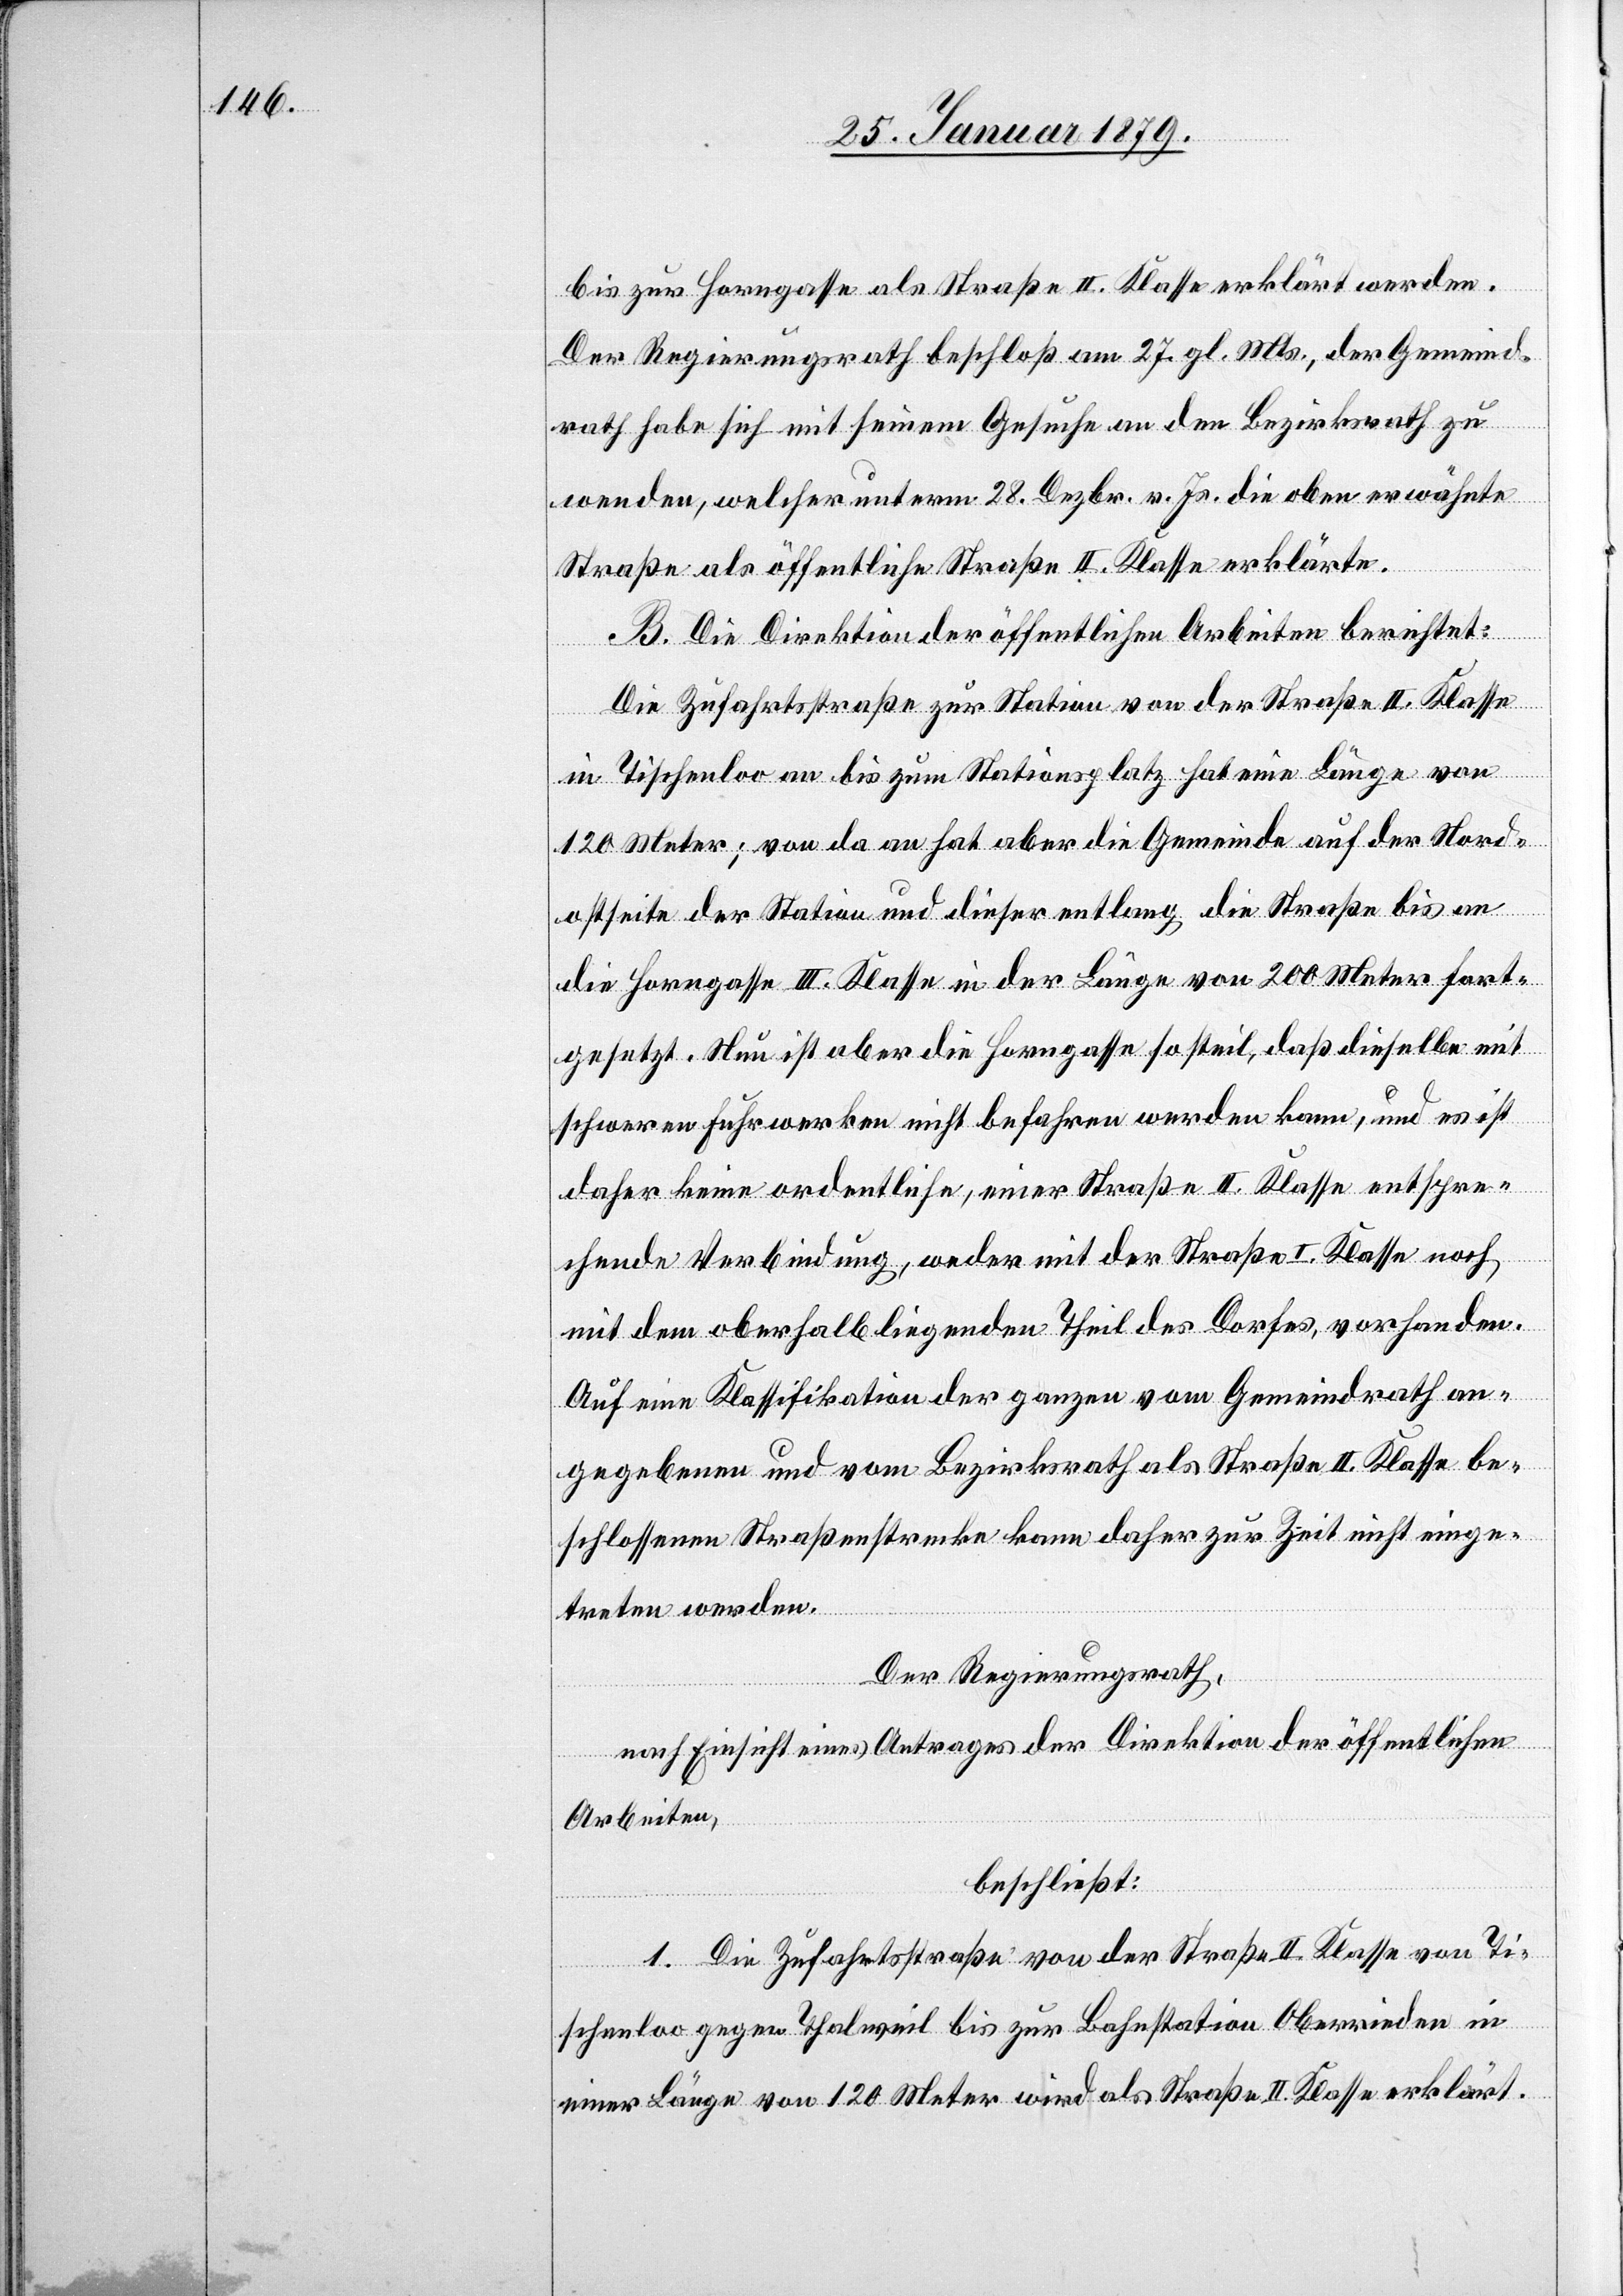
bis zur Horngasse als Straße II. Klasse erklärt werden.
Der Regierungsrath beschloß am 27. gl. Mts., der Gemeind¬
rath habe sich mit seinem Gesuche an den Bezirksrath zu
wenden, welcher unterm 28. Dezbr. v. Js. die oben erwähnte
Straße als öffentliche Straße II. Klasse erklärte.
B. Die Direktion der öffentlichen Arbeiten berichtet:
Die Zufahrtsstraße zur Station von der Straße II. Klasse
in Tischenloo an bis zum Stationsplatz hat eine Länge von
120 Meter; von da an hat aber die Gemeinde auf der Nord¬
ostseite der Station und dieser entlang die Straße bis an
die Horngasse III. Klasse in der Länge von 200 Meter fort¬
gesetzt. Nun ist aber die Horngasse so steil, daß dieselbe mit
schweren Fuhrwerken nicht befahren werden kann, und es ist
daher keine ordentliche, einer Straße II. Klasse entspre¬
chende Verbindung, weder mit der Straße I. Klasse noch
mit dem oberhalb liegenden Theil des Dorfes, vorhanden.
Auf eine Klassifikation der ganzen vom Gemeindrath an¬
gegebenen und vom Bezirksrath als Straße II. Klasse be¬
schlossenen Straßenstrecke kann daher zur Zeit nicht einge¬
treten werden.
Der Regierungsrath,
nach Einsicht eines Antrages der Direktion der öffentlichen
Arbeiten,
beschließt:
1. Die Zufahrtsstraße von der Straße II. Klasse von Ti¬
schenloo gegen Thalweil bis zur Bahnstation Oberrieden in
einer Länge von 120 Meter wird als Straße II. Klasse erklärt.